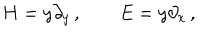
LaTeX: H = y \partial _ { y } \, , \quad \quad E = y \partial _ { x } \, ,